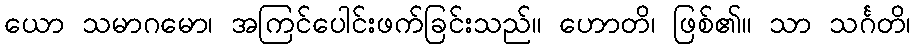
ယော သမာဂမော၊ အကြင်ပေါင်းဖက်ခြင်းသည်။ ဟောတိ၊ ဖြစ်၏။ သာ သင်္ဂတိ၊